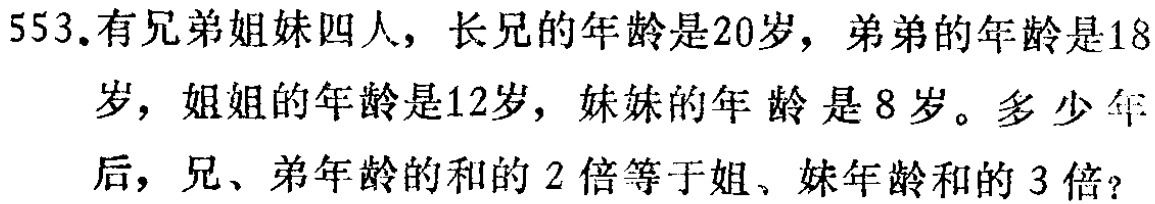
553.有兄弟姐妹四人，长兄的年龄是20岁，弟弟的年龄是18岁，姐姐的年龄是12岁，妹妹的年龄 是8岁。多少年 后，兄、弟年龄的和的2倍等于姐、妹年龄和的3倍？